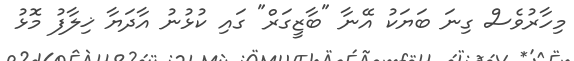
މިހާރުވެސް ގިނަ ބަޔަކު އޭނާ "ބާޒީގަރް" ގައި ކުޅުނު އާދަޔާ ޚިލާފު މޮޅު